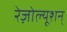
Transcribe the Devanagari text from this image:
रेज़ोल्यूशन्